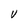
Character: V